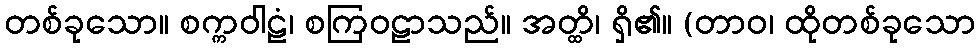
တစ်ခုသော။ စက္ကဝါဠံ၊ စကြဝဠာသည်။ အတ္ထိ၊ ရှိ၏။ (တာဝ၊ ထိုတစ်ခုသော